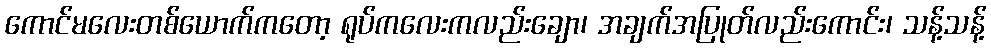
ကောင်မလေးတစ်ယောက်ကတော့ ရုပ်ကလေးကလည်းချော၊ အချက်အပြုတ်လည်းကောင်း၊ သန့်သန့်